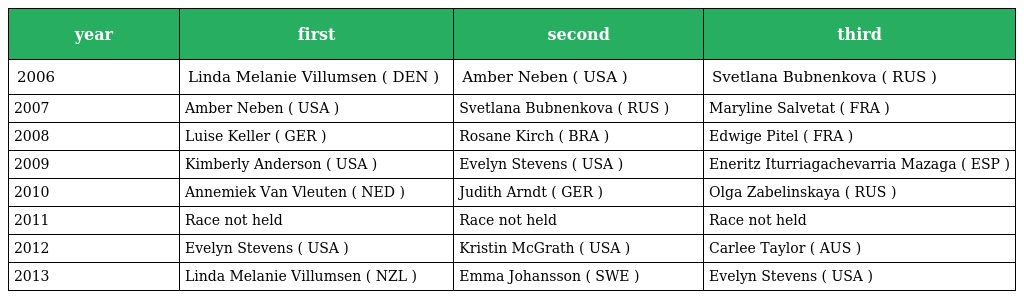
| year | first | second | third |
 | --- | --- | --- | --- |
 | 2006 | Linda Melanie Villumsen ( DEN ) | Amber Neben ( USA ) | Svetlana Bubnenkova ( RUS ) |
 | 2007 | Amber Neben ( USA ) | Svetlana Bubnenkova ( RUS ) | Maryline Salvetat ( FRA ) |
 | 2008 | Luise Keller ( GER ) | Rosane Kirch ( BRA ) | Edwige Pitel ( FRA ) |
 | 2009 | Kimberly Anderson ( USA ) | Evelyn Stevens ( USA ) | Eneritz Iturriagachevarria Mazaga ( ESP ) |
 | 2010 | Annemiek Van Vleuten ( NED ) | Judith Arndt ( GER ) | Olga Zabelinskaya ( RUS ) |
 | 2011 | Race not held | Race not held | Race not held |
 | 2012 | Evelyn Stevens ( USA ) | Kristin McGrath ( USA ) | Carlee Taylor ( AUS ) |
 | 2013 | Linda Melanie Villumsen ( NZL ) | Emma Johansson ( SWE ) | Evelyn Stevens ( USA ) |